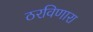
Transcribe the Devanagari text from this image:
ठरविणारा